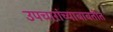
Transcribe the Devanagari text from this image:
उपचारांच्याबाबतीत